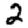
Digit: 2